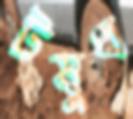
টষুধ